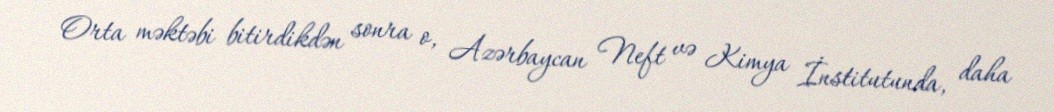
Orta məktəbi bitirdikdən sonra o, Azərbaycan Neft və Kimya İnstitutunda, daha